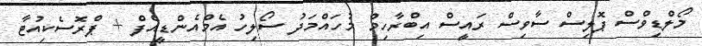
މޯލްޑިވްސް ޕޮލިސް ސާވިސް ރައީސް އިބްރާހިމް މުހައްމަދު ސޯލިހު އެމްއެންޑީއެފް + ޕްރޮސެކިއުޓާ